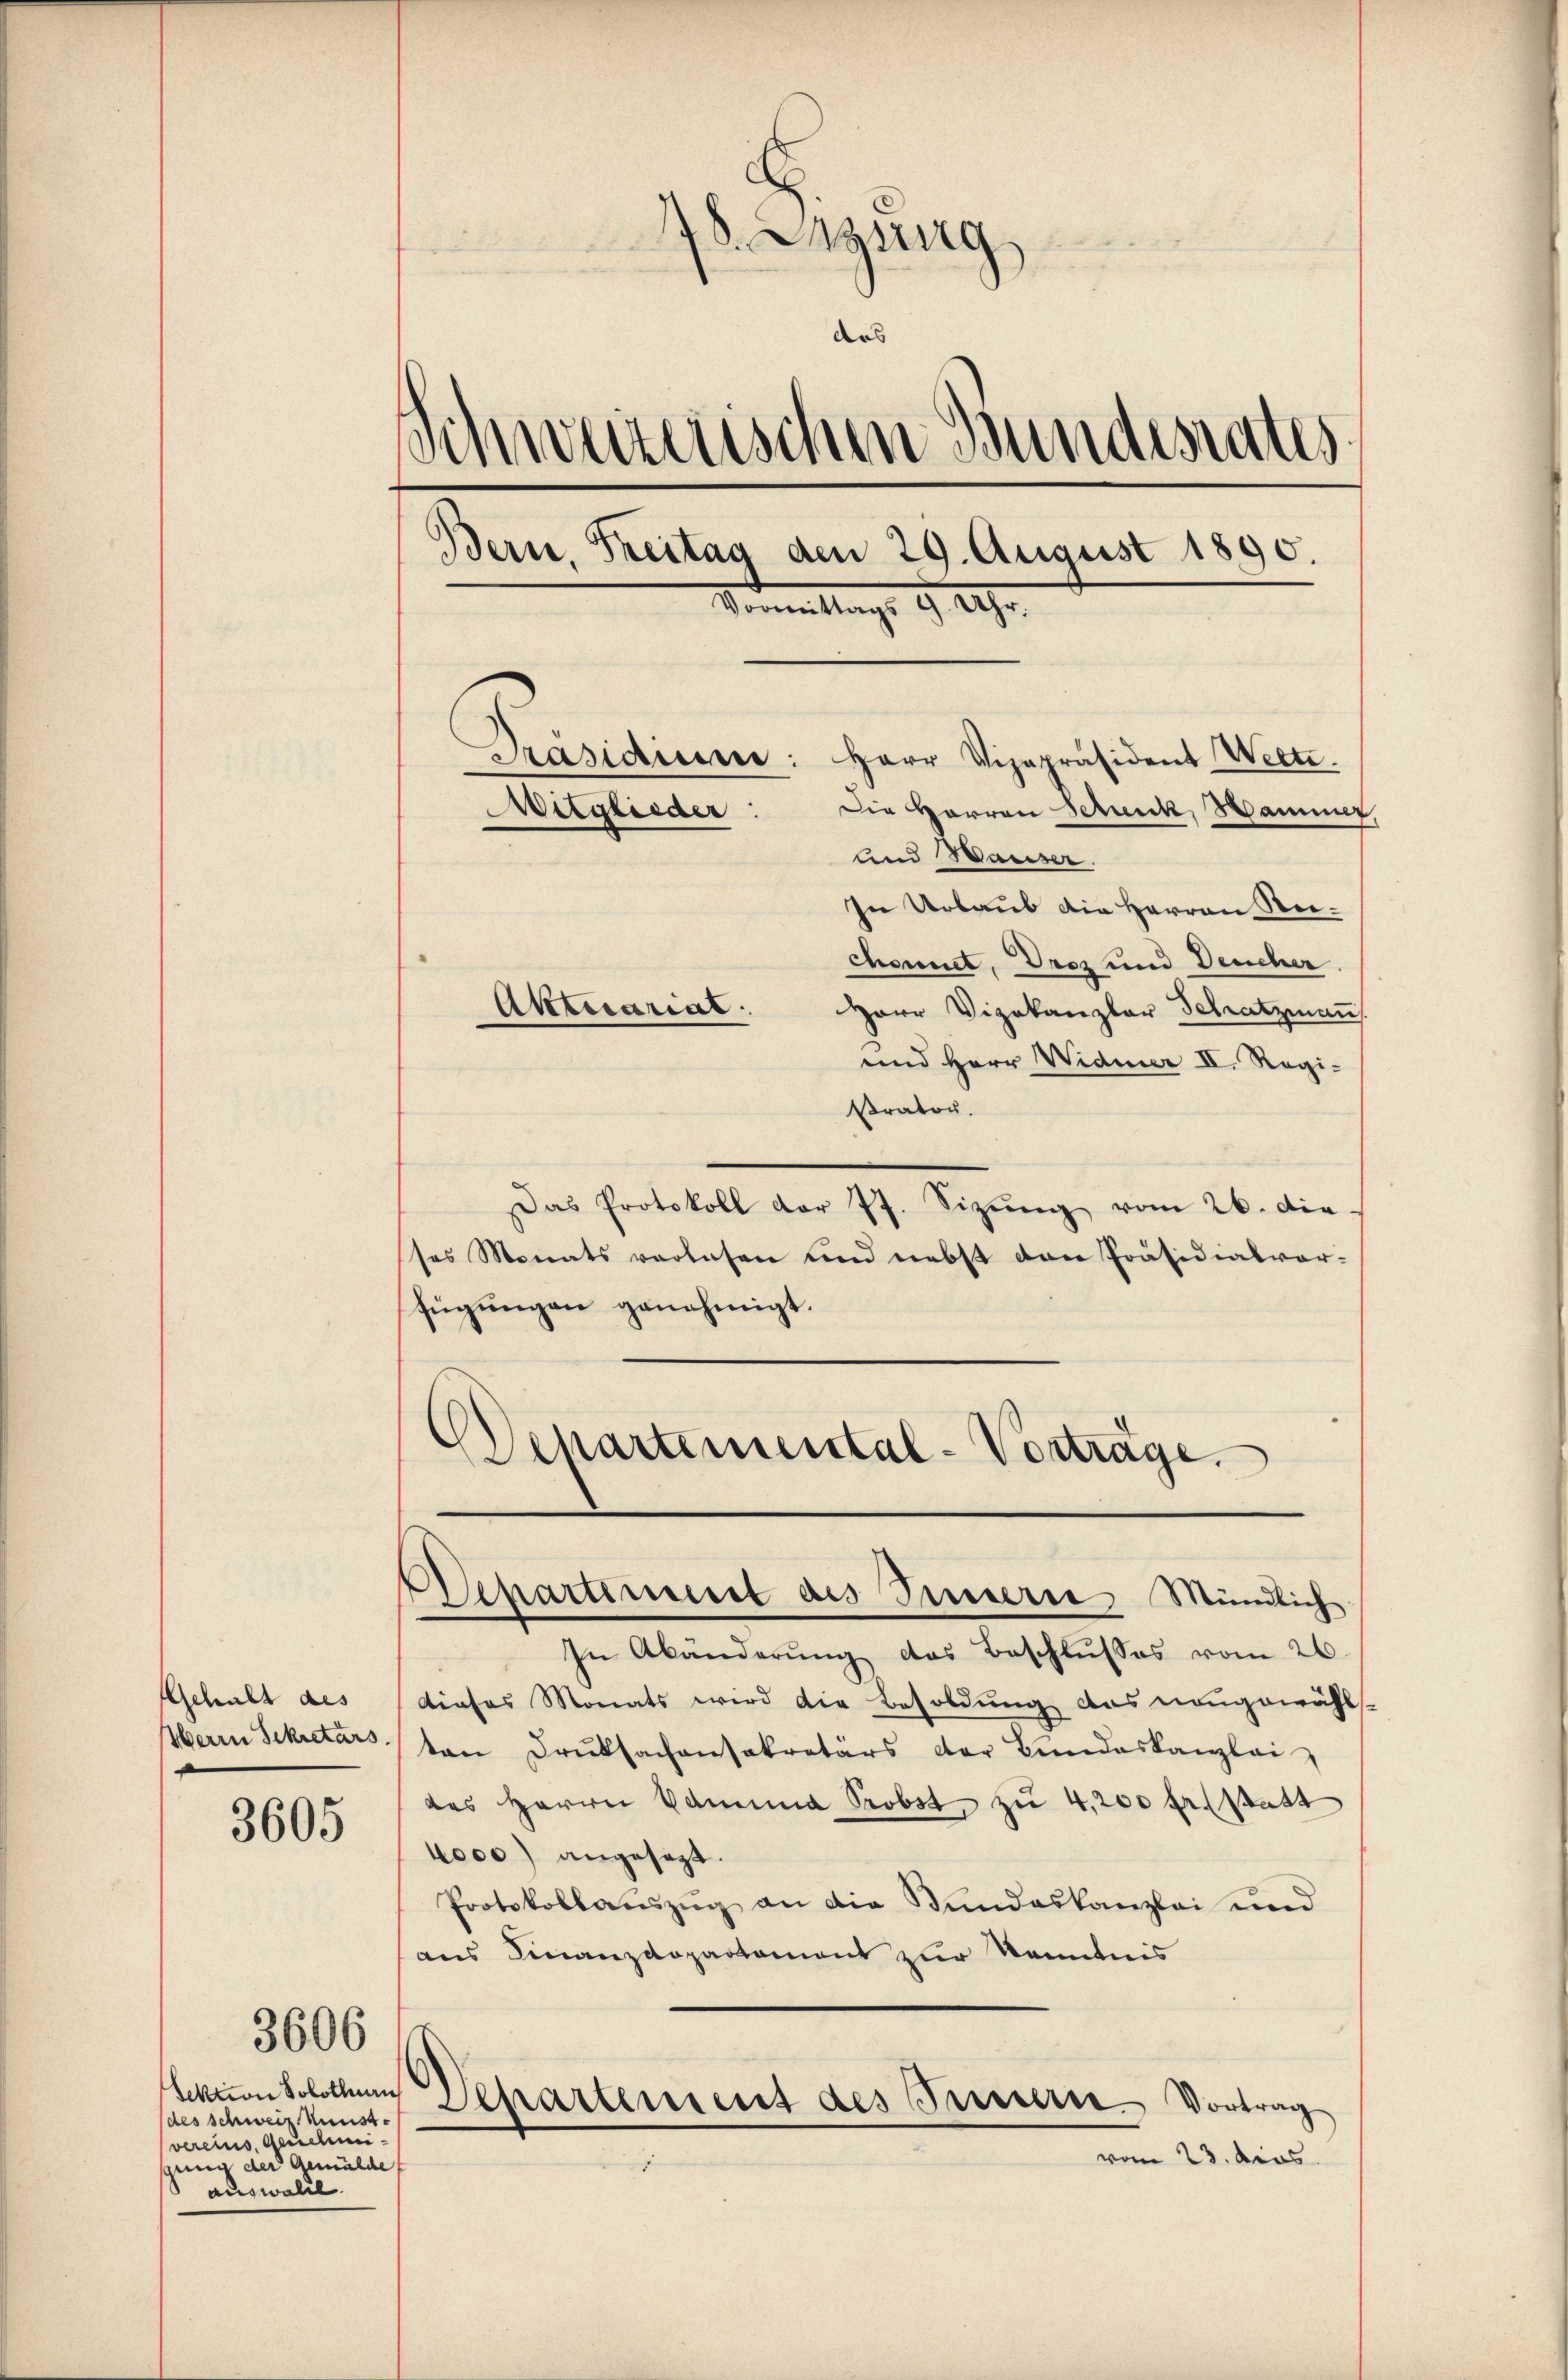
Gehalt des
Herrn Sekretärs

3605

3606

Sektion Solothurn
(des Schweiz. Kunst-
vereins, Genehminung der Gemälde
 auswaldl

18. Szung
ars
Schweizerischen Bundesrates
Bern, Freitag den 29. August 1890.
Vormittags 9. 129.
Präsidium: Herr Vizepräsident Wette.
Die Herren Schnick, Hammer,
Mitglieder:
Und Wasser.
In Urlaub die Herren Reichonnet, Droz und Deucher
Aktuariat.
Herr Vizekanzler Schatzmann
und Herr Widmer II. Regi¬

Prator.
Das Protokoll der 77. Sizŭng vom 26. die
ses Monats vorlesen und nebst den Präsidialvor-
fügungen genehmigt.
Departemental-Vorträge.

Departement des Innern Mündlich

In Abänderŭng das Beschlŭsses vom 26.
dieses Monats wird die Besoldung des nangewähl
ten Druksachensekretärs der Bundeskanzlei
des Herrn Domina Probst zu 4,200 fr. Statt
4000) angesagt.
Protokollauszug an die Bundeskanzlei und
aus Finanzdepartament zur Kenntnis
Departement des Feuern Vortrag
vom 23. dies